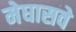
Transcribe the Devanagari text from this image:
मेघासवे